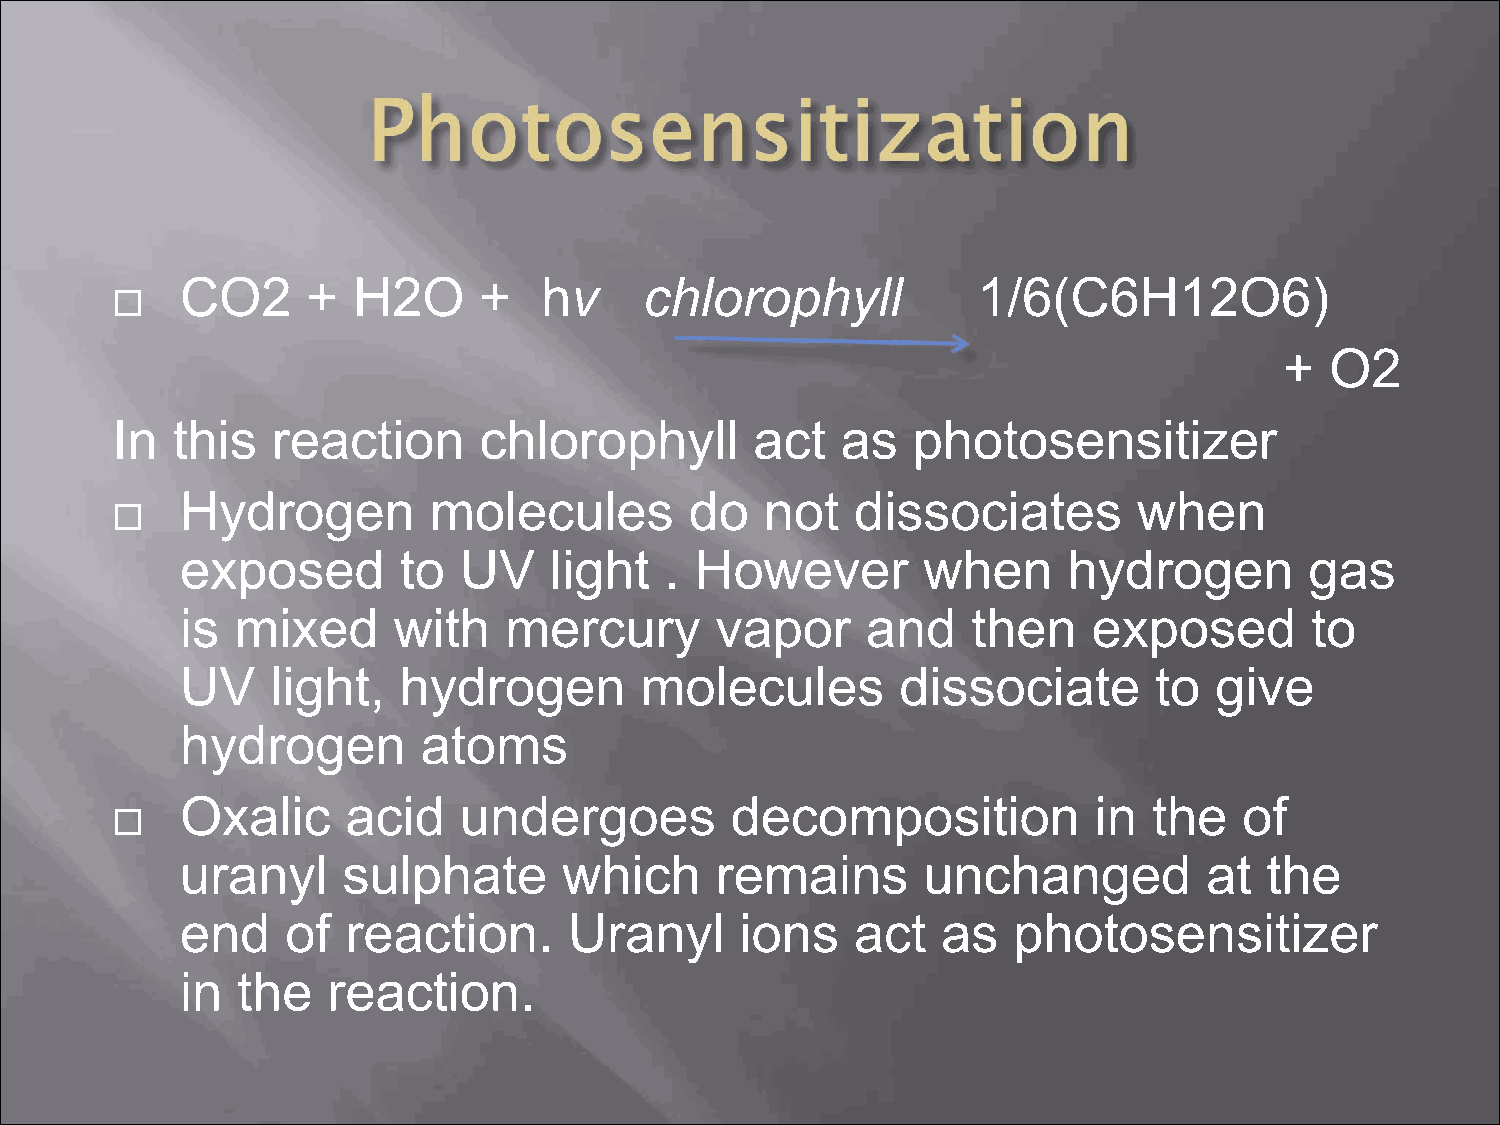
CO2     +  H2O      +   hv     chlorophyll           1/6(C6H12O6)
 
 +  O2
 In  this   reaction      chlorophyll       act   as  photosensitizer
 Hydrogen        molecules         do   not   dissociates       when
 
 exposed       to  UV    light   . However        when      hydrogen        gas
 is  mixed     with   mercury       vapor     and    then    exposed        to
 UV    light,  hydrogen        molecules         dissociate      to  give
 hydrogen        atoms
 Oxalic     acid   undergoes         decomposition           in  the   of
 
 uranyl     sulphate      which     remains       unchanged          at  the
 end    of  reaction.      Uranyl     ions    act  as   photosensitizer
 in  the   reaction.